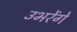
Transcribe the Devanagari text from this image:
उभरेंगे